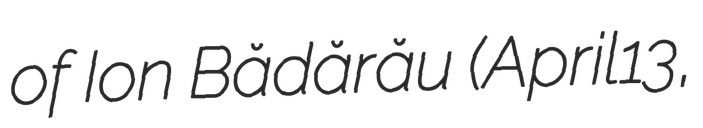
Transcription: of Ion Bădărău (April13,